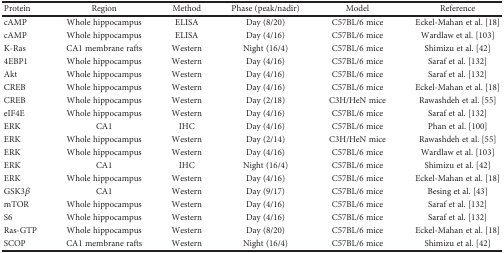
| Protein | Region | Method | Phase (peak/nadir) | Model | Reference |
 | --- | --- | --- | --- | --- | --- |
 | cAMP | Whole hippocampus | ELISA | Day (8/20) | C57BL/6 mice | Eckel-Mahan et al. [18] |
 | cAMP | Whole hippocampus | ELISA | Day (4/16) | C57BL/6 mice | Wardlaw et al. [103] |
 | K-Ras | CA1 membrane rafts | Western | Night (16/4) | C57BL/6 mice | Shimizu et al. [42] |
 | 4EBP1 | Whole hippocampus | Western | Day (4/16) | C57BL/6 mice | Saraf et al. [132] |
 | Akt | Whole hippocampus | Western | Day (4/16) | C57BL/6 mice | Saraf et al. [132] |
 | CREB | Whole hippocampus | Western | Day (4/16) | C57BL/6 mice | Eckel-Mahan et al. [18] |
 | CREB | Whole hippocampus | Western | Day (2/18) | C3H/HeN mice | Rawashdeh et al. [55] |
 | eIF4E | Whole hippocampus | Western | Day (4/16) | C57BL/6 mice | Saraf et al. [132] |
 | ERK | CA1 | IHC | Day (4/16) | C57BL/6 mice | Phan et al. [100] |
 | ERK | Whole hippocampus | Western | Day (2/14) | C3H/HeN mice | Rawashdeh et al. [55] |
 | ERK | Whole hippocampus | Western | Day (4/16) | C57BL/6 mice | Wardlaw et al. [103] |
 | ERK | CA1 | IHC | Night (16/4) | C57BL/6 mice | Shimizu et al. [42] |
 | ERK | Whole hippocampus | Western | Day (4/16) | C57BL/6 mice | Eckel-Mahan et al. [18] |
 | GSK3β | CA1 | Western | Day (9/17) | C57BL/6 mice | Besing et al. [43] |
 | mTOR | Whole hippocampus | Western | Day (4/16) | C57BL/6 mice | Saraf et al. [132] |
 | S6 | Whole hippocampus | Western | Day (4/16) | C57BL/6 mice | Saraf et al. [132] |
 | Ras-GTP | Whole hippocampus | Western | Day (8/20) | C57BL/6 mice | Eckel-Mahan et al. [18] |
 | SCOP | CA1 membrane rafts | Western | Night (16/4) | C57BL/6 mice | Shimizu et al. [42] |